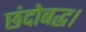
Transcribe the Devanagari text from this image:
छंदोबद्ध।